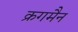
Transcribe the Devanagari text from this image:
क्रगमैन